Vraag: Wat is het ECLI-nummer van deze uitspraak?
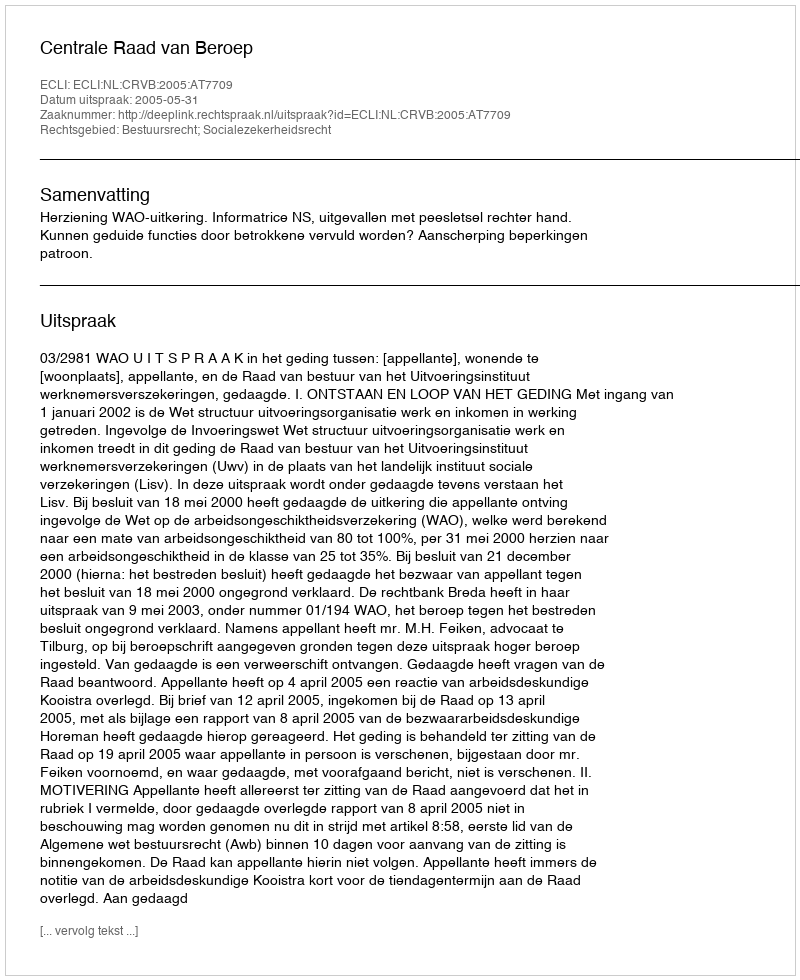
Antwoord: ECLI:NL:CRVB:2005:AT7709